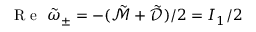
\mathrm { ~ R ~ e ~ } ~ \tilde { \omega } _ { \pm } = - ( \tilde { \mathcal { M } } + \tilde { \mathcal { D } } ) / 2 = I _ { 1 } / 2